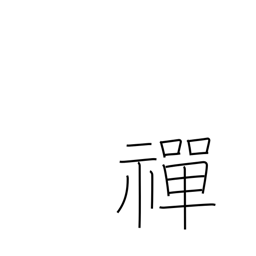
Meaning: Zen Buddhism